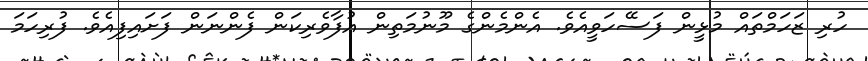
ހުރި ޒަހަމްތައް މުޅީން ފަސޭހަވީއެވެ. އެންމެންގެ މޫނުމަތިން އުފާވެރިކަން ފެންނަން ފަށައިފިއެވެ. ފުރިހަމަ